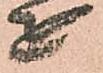
を